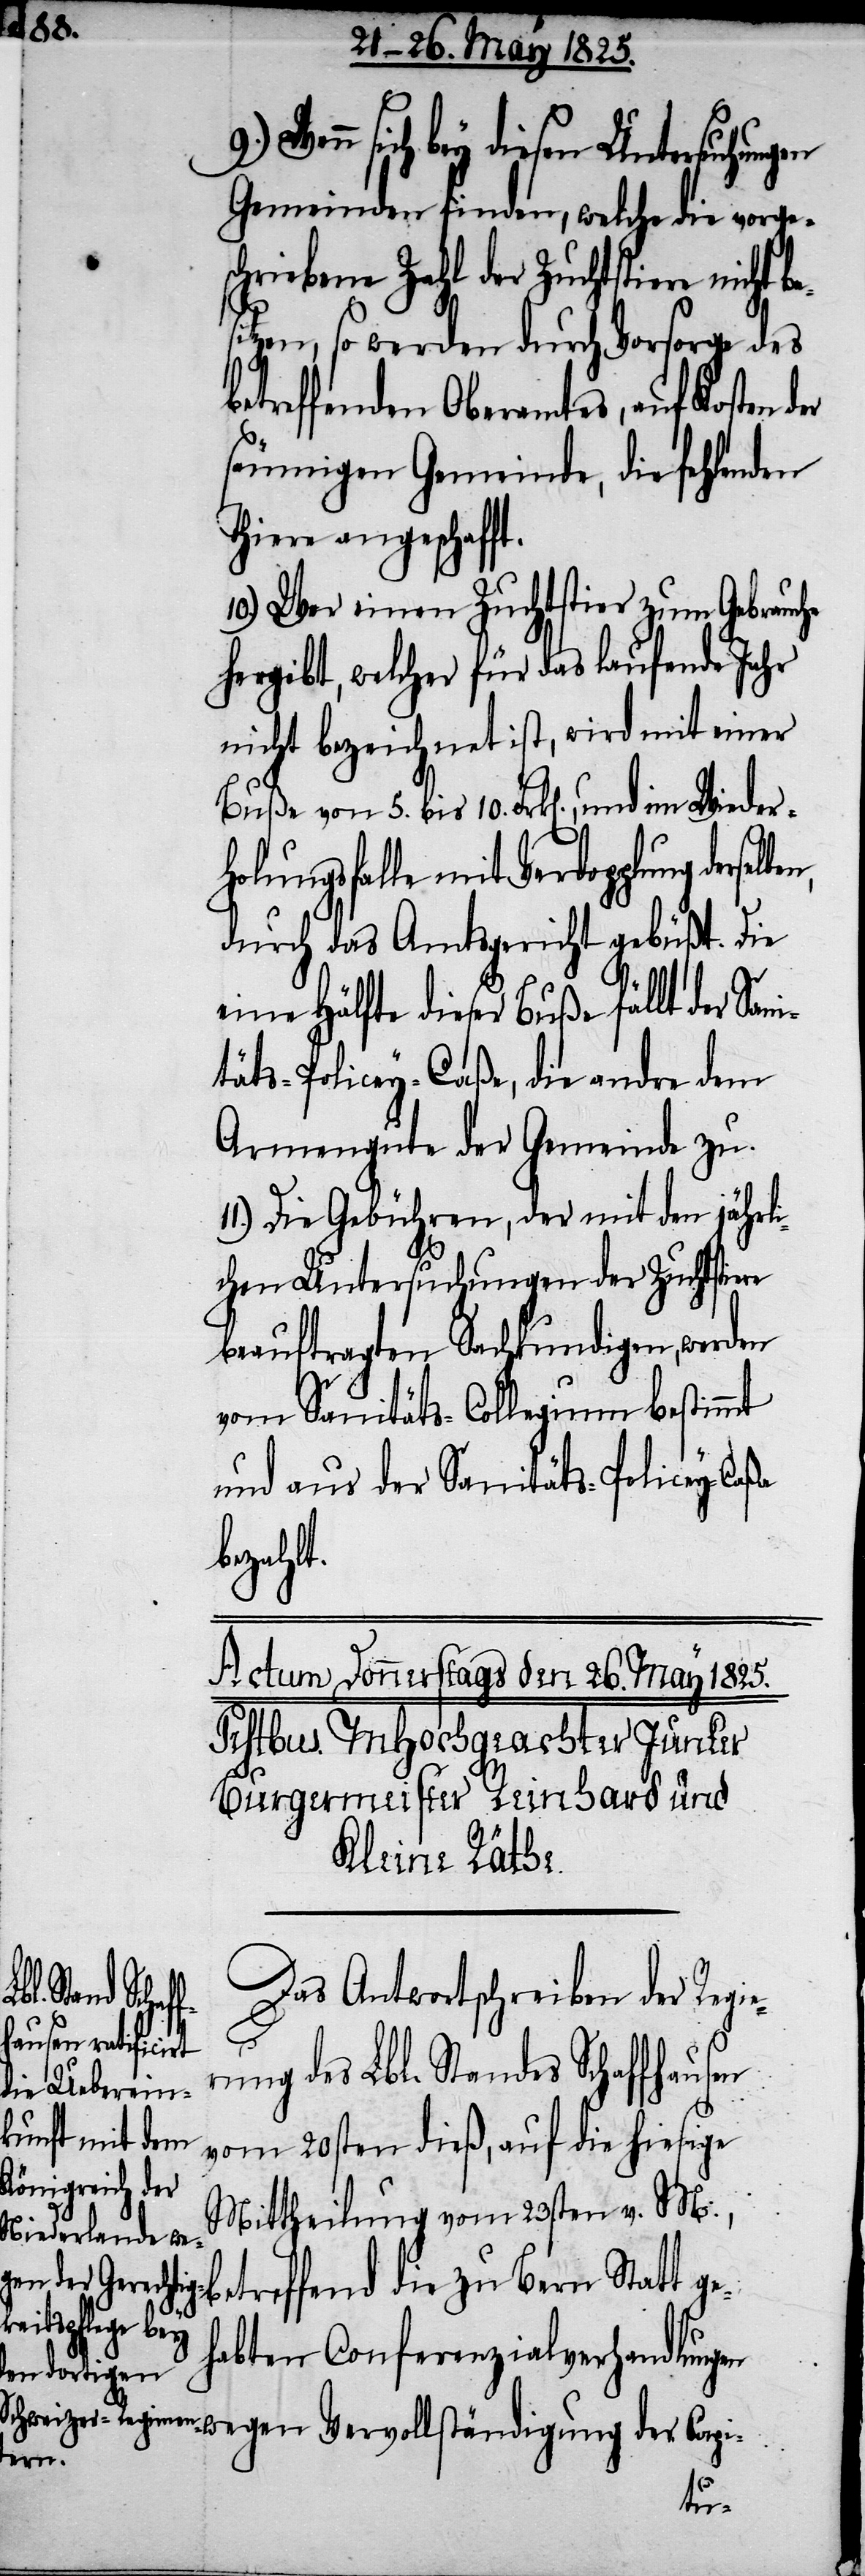
Wenn sich bey diesen Untersuchung¬
Gemeinden finden, welche die vorges¬
chriebene Zahl der Zuchtstiere nicht
itzen, so werden durch Vorsorge des
betreffenden Oberamtes, auf Kosten
säumigen Gemeinde, die fehlenden
Thiere angeschaff¬
10.) Wer einen Zuchtstier zum Gebrauche
hergibt, welcher für das laufende Jahr
nicht bezeichnet ist, wird mit einer
Buße von 5. bis 10. Frk[en]., und im Wie¬
holungsfalle mit Verdoppelung
durch das Amtsgericht gebüßt. Die
eine Hälfte dieser Buße fällt der
täts-Policey-Caßa, die andre dem
Armengute der Gemeinde zu.
Die Gebühren, der mit den jährli¬
chen Untersuchungen der Zuchtstiere
beauftragten Sachkundigen, werden
vom Sanitäts-Collegium bestimmt
und aus der Sanitäts-Policey-Caßa
bezahlt.
Das Antwortschreiben der Regie¬
t.
rung des Lbl. Standes Schaffhausen
vom 20sten dieß, auf die hiesige
Mittheilung vom 23sten v. M.,
treffend die zu Bern Statt ge¬
habten Conferenzialverhandlungen
wegen Vervollständigung der Capi-
en
be¬